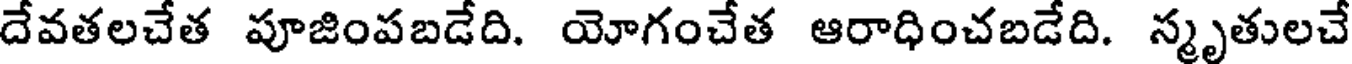
దేవతలచేత పూజింపబడేది. యోగంచేత ఆరాధించబడేది. స్మృతులచే